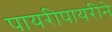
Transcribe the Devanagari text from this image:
पायरीपायरीने